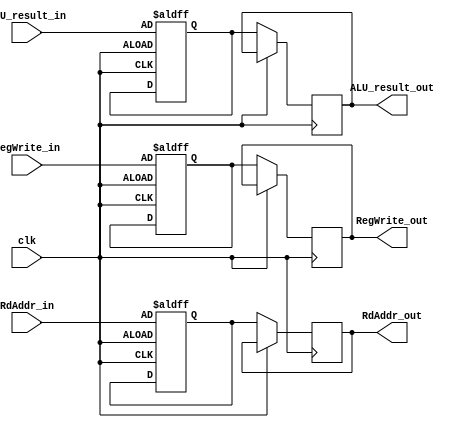
module EX_MEM(
    input clk,
    input RegWrite_in, // WB
    input [31:0] ALU_result_in,
    input [4:0] RdAddr_in,
    output reg [4:0] RdAddr_out,
    output reg [31:0] ALU_result_out,
    output reg RegWrite_out // WB
);
    reg WB;
    reg [4:0] RdAddr_reg;
    reg [31:0] ALU_result_reg;
    
always@(posedge clk or negedge clk)
    begin
        if(clk == 1) // put them in to the reg
            begin
                WB = RegWrite_in;
                RdAddr_reg = RdAddr_in;
                ALU_result_reg = ALU_result_in;

            end
        else
            begin
                RegWrite_out = WB;
                RdAddr_out = RdAddr_reg;
                ALU_result_out = ALU_result_reg;

            end
    end
endmodule